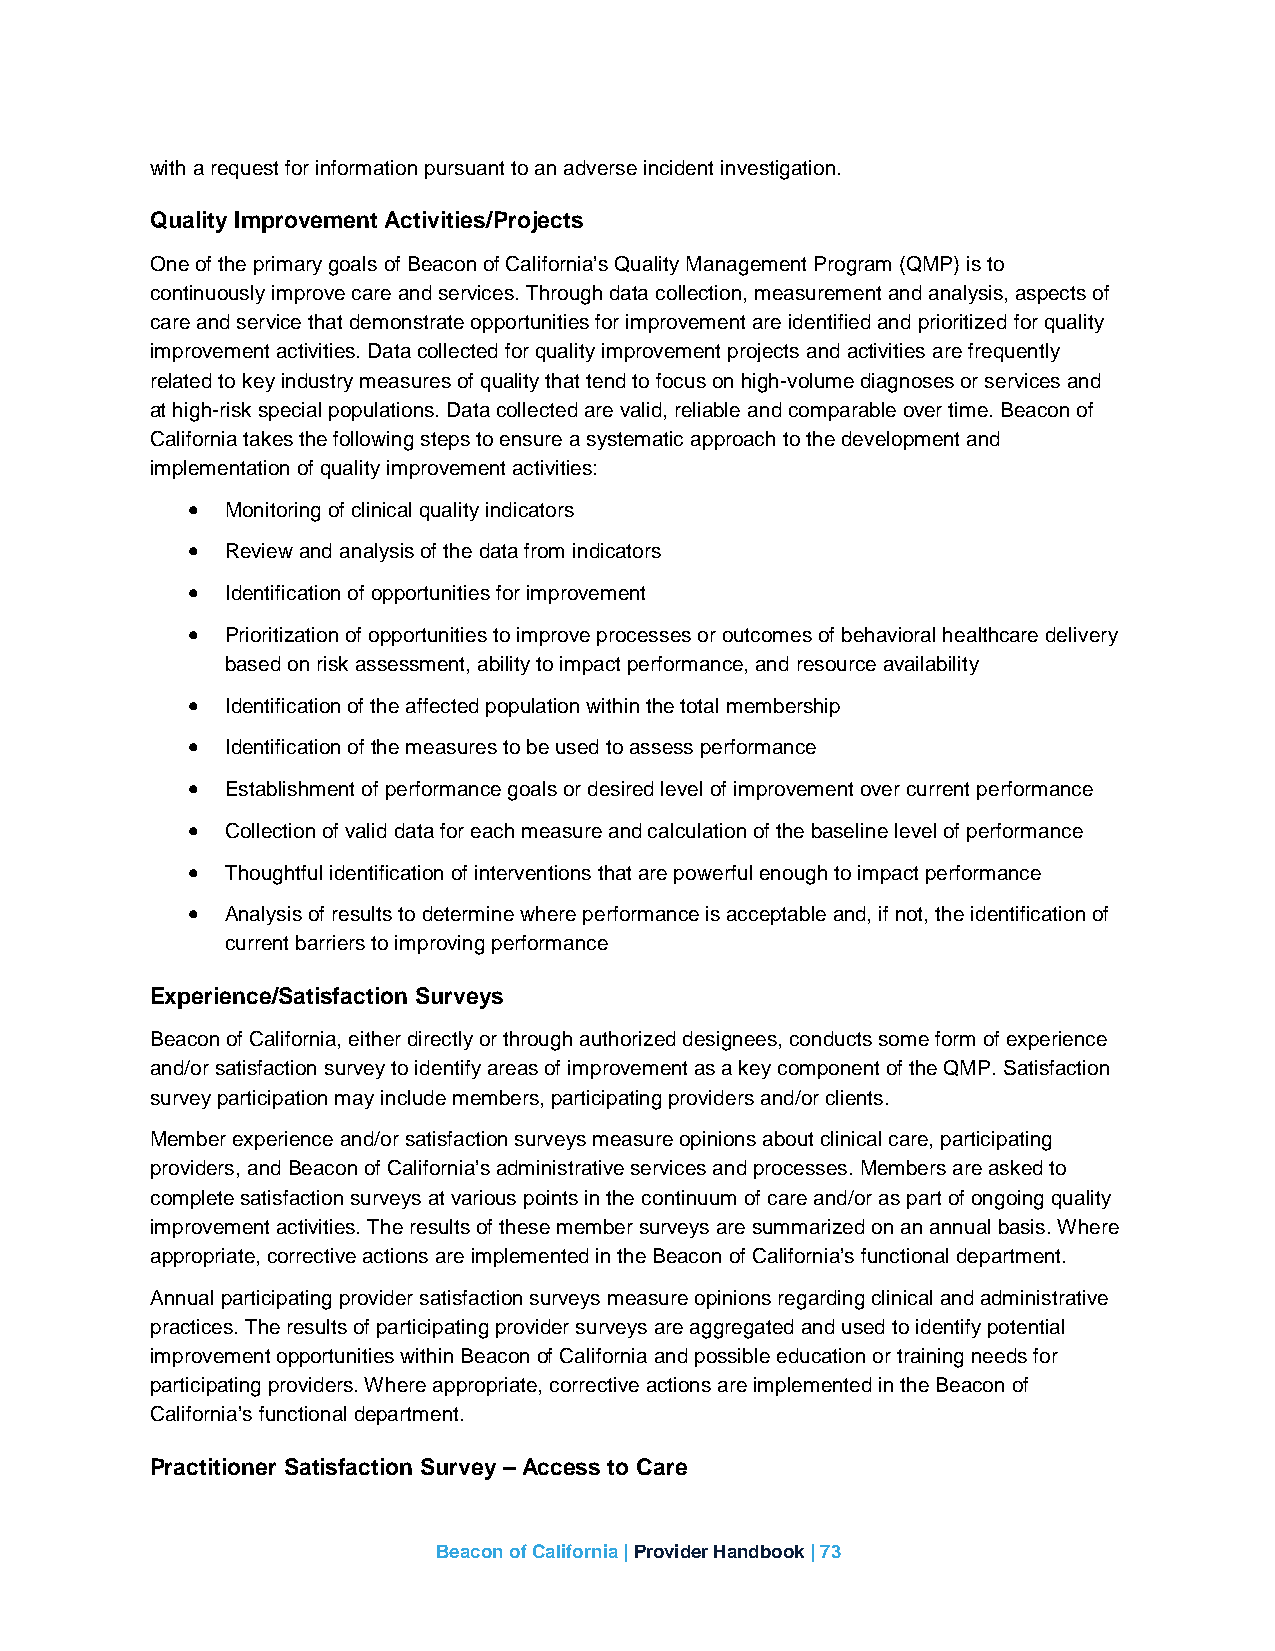
with a request for information pursuant to an adverse incident investigation.
 Quality Improvement Activities/Projects
 One of the primary goals of Beacon of California’s Quality Management Program (QMP) is to
 continuously improve care and services. Through data collection, measurement and analysis, aspects of
 care and service that demonstrate opportunities for improvement are identified and prioritized for quality
 improvement activities. Data collected for quality improvement projects and activities are frequently
 related to key industry measures of quality that tend to focus on high-volume diagnoses or services and
 at high-risk special populations. Data collected are valid, reliable and comparable over time. Beacon of
 California takes the following steps to ensure a systematic approach to the development and
 implementation of quality improvement activities:
 •  Monitoring of clinical quality indicators
 •  Review and analysis of the data from indicators
 •  Identification of opportunities for improvement
 •  Prioritization of opportunities to improve processes or outcomes of behavioral healthcare delivery
 based on risk assessment, ability to impact performance, and resource availability
 •  Identification of the affected population within the total membership
 •  Identification of the measures to be used to assess performance
 •  Establishment of performance goals or desired level of improvement over current performance
 •  Collection of valid data for each measure and calculation of the baseline level of performance
 •  Thoughtful identification of interventions that are powerful enough to impact performance
 •  Analysis of results to determine where performance is acceptable and, if not, the identification of
 current barriers to improving performance
 Experience/Satisfaction Surveys
 Beacon of California, either directly or through authorized designees, conducts some form of experience
 and/or satisfaction survey to identify areas of improvement as a key component of the QMP. Satisfaction
 survey participation may include members, participating providers and/or clients.
 Member experience and/or satisfaction surveys measure opinions about clinical care, participating
 providers, and Beacon of California’s administrative services and processes. Members are asked to
 complete satisfaction surveys at various points in the continuum of care and/or as part of ongoing quality
 improvement activities. The results of these member surveys are summarized on an annual basis. Where
 appropriate, corrective actions are implemented in the Beacon of California’s functional department.
 Annual participating provider satisfaction surveys measure opinions regarding clinical and administrative
 practices. The results of participating provider surveys are aggregated and used to identify potential
 improvement opportunities within Beacon of California and possible education or training needs for
 participating providers. Where appropriate, corrective actions are implemented in the Beacon of
 California’s functional department.
 Practitioner Satisfaction Survey – Access to Care
 Beacon of California | Provider Handbook | 73